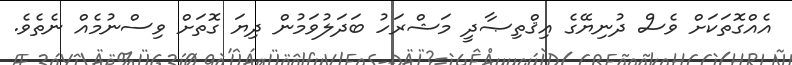
އެއްގޮތަކަށް ވެސް ދުނިޔޭގެ އިޤްތިޞާދީ މަޝްރަހު ބަދަލުވަމުން ދިޔަ ގޮތަށް ވިސްނުމެއް ނެތެވެ.